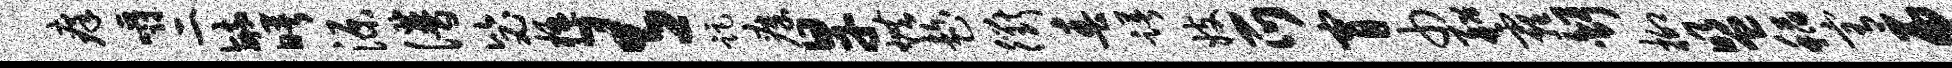
痒嚼二毓曙源谱毖楹有距瘴旱烘趁衢春躇妓爪宵巾船霾舒柳盟稻宥吊